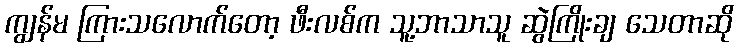
ကျွန်မ ကြားသလောက်တော့ ဖီးလစ်က သူ့ဘာသာသူ ဆွဲကြိုးချ သေတာဆို